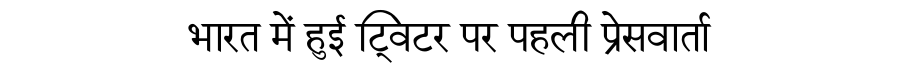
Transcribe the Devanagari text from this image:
भारत में हुई ट्विटर पर पहली प्रेसवार्ता